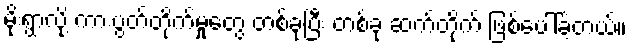
မိုးရွာလို့ ကားပွတ်တိုက်မှုတွေ တစ်ခုပြီး တစ်ခု ဆက်တိုက် ဖြစ်ပေါ်ခဲ့တယ်။